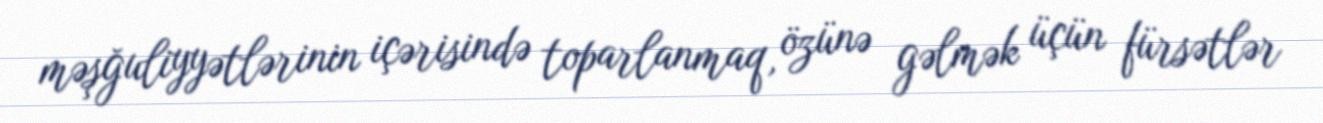
məşğuliyyətlərinin içərisində toparlanmaq, özünə gəlmək üçün fürsətlər